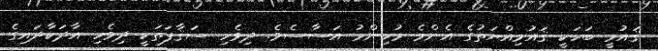
ޤައުމީ ބަހަކީ ޤައުމިއްޔަތުގެ އެންމެ މުހިންމު އަސާސެވެ. ދިވެހި ސަޤާފަތަކީ ދިވެހި އާދަކާދައިގެ